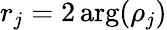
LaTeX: r_{j}=2\arg(\rho_{j})